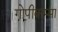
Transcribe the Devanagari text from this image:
गोपीकम्मा